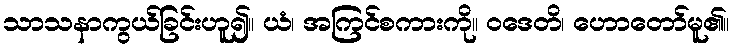
သာသနာကွယ်ခြင်းဟူ၍။ ယံ၊ အကြင်စကားကို။ ဝဒေတိ၊ ဟောတော်မူ၏။